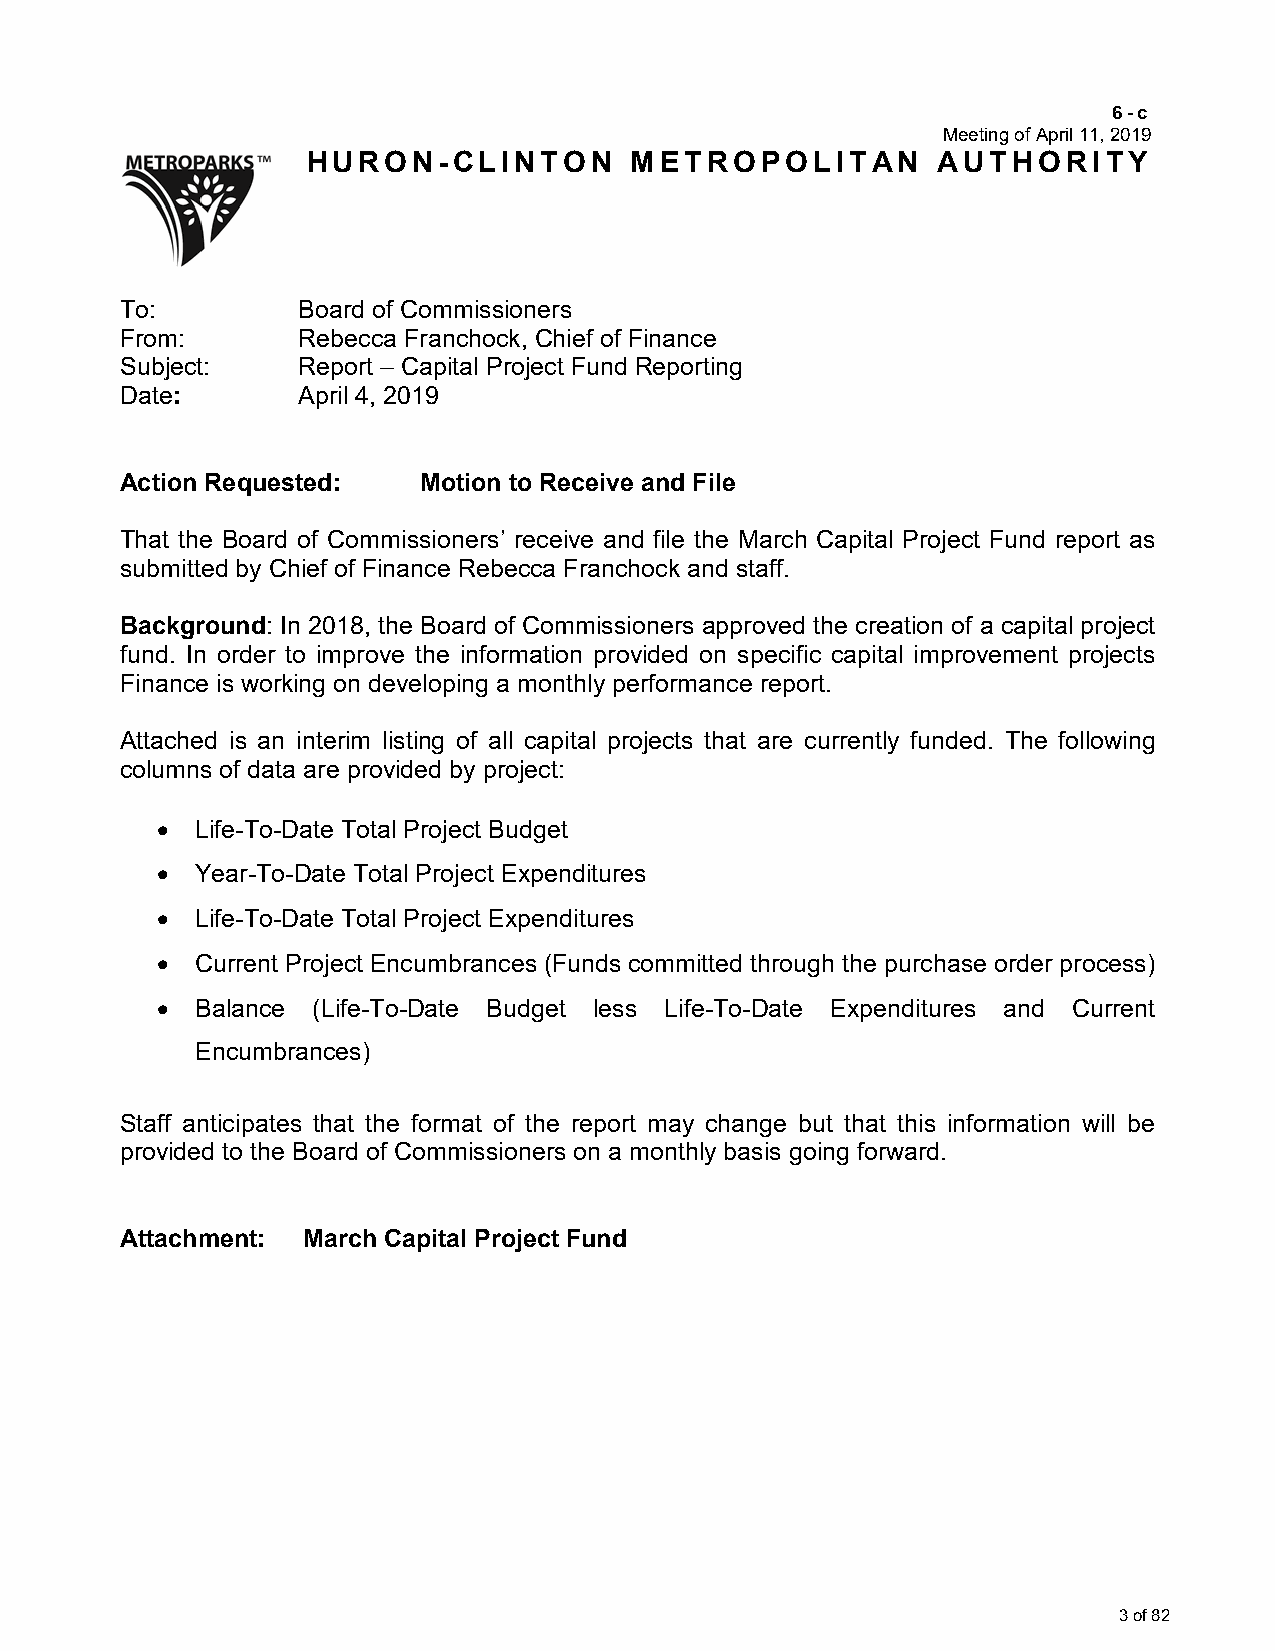
6-c
 Meeting of April 11, 2019
 HURON-CLINTON         METROPOLITAN        AUTHORITY
 To:         Board of Commissioners
 From:       Rebecca Franchock, Chief of Finance
 Subject:    Report – Capital Project Fund Reporting
 Date:       April 4, 2019
 Action Requested:   Motion to Receive and File
 That the Board of Commissioners’ receive and file the March Capital Project Fund report as
 submitted by Chief of Finance Rebecca Franchock and staff.
 Background: In 2018, the Board of Commissioners approved the creation of a capital project
 fund. In order to improve the information provided on specific capital improvement projects
 Finance is working on developing a monthly performance report.
 Attached is an interim listing of all capital projects that are currently funded. The following
 columns of data are provided by project:
 •  Life-To-Date Total Project Budget
 •  Year-To-Date Total Project Expenditures
 •  Life-To-Date Total Project Expenditures
 •  Current Project Encumbrances (Funds committed through the purchase order process)
 •  Balance (Life-To-Date Budget less Life-To-Date Expenditures and Current
 Encumbrances)
 Staff anticipates that the format of the report may change but that this information will be
 provided to the Board of Commissioners on a monthly basis going forward.
 Attachment: March Capital Project Fund
 3 of 82